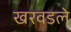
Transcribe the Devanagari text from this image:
खरवडले